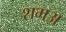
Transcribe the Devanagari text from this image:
शमअ